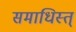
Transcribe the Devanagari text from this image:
समाधिस्त्